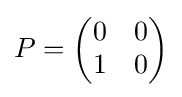
P={\begin{pmatrix}0&0\\1&0\end{pmatrix}}